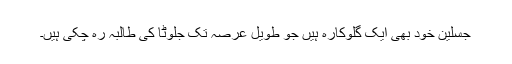
جسلین خود بھی ایک گلوکارہ ہیں جو طویل عرصہ تک جلوٹا کی طالبہ رہ چکی ہیں۔